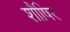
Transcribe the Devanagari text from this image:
शौषिर